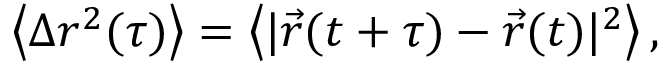
\begin{array} { r } { \left\langle \Delta r ^ { 2 } ( \tau ) \right\rangle = \left\langle | \vec { r } ( t + \tau ) - \vec { r } ( t ) | ^ { 2 } \right\rangle , } \end{array}